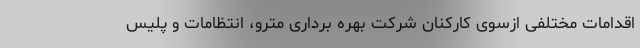
اقدامات مختلفی ازسوی کارکنان شرکت بهره برداری مترو، انتظامات و پلیس